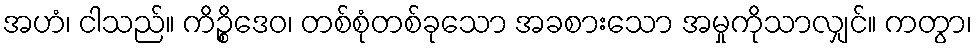
အဟံ၊ ငါသည်။ ကိဉ္စိဒေဝ၊ တစ်စုံတစ်ခုသော အခစားသော အမှုကိုသာလျှင်။ ကတွာ၊